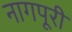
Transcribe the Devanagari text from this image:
नागपूरी